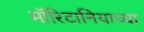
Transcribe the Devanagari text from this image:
मॉरिटानियाच्या